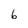
Character: 6